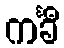
ကင်္ခီ